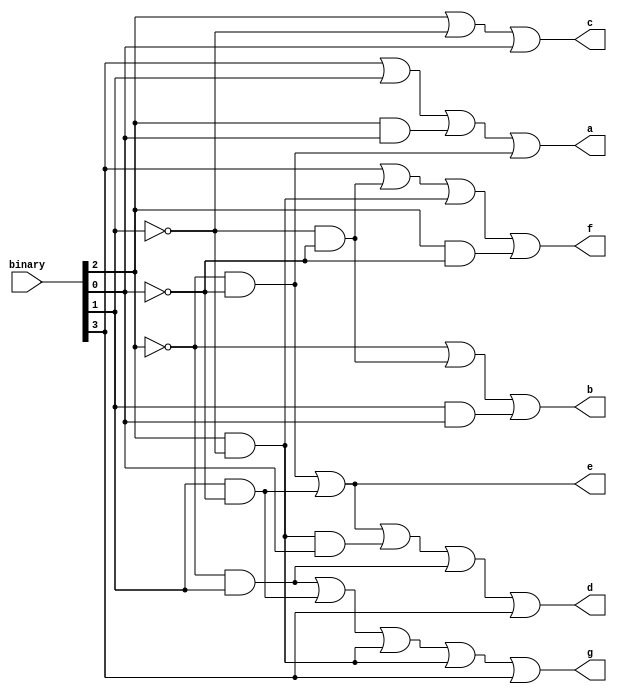

module seven_segment(
	input [3:0] binary, // Maximum value = 9
	output a,
	output b,
	output c,
	output d,
	output e,
	output f,
	output g
);

wire A;
wire B;
wire C;
wire D;
wire A_BAR;
wire B_BAR;
wire C_BAR;
wire D_BAR;

assign A = binary[3];
assign B = binary[2];
assign C = binary[1];
assign D = binary[0];
assign A_BAR = ~A;
assign B_BAR = ~B;
assign C_BAR = ~C;
assign D_BAR = ~D;

assign a = A | C | (B & D) | (B_BAR & D_BAR);
assign b = B_BAR | (C_BAR & D_BAR) | (C & D);
assign c = B | C_BAR | D;
assign d = (B_BAR & D_BAR) | (C & D_BAR) | (B & C_BAR & D) | (B_BAR & C) | A;
assign e = (B_BAR & D_BAR) | (C & D_BAR);
assign f = A | (C_BAR & D_BAR) | (B & C_BAR) | (B & D_BAR);
assign g = (B_BAR & C) | (C & D_BAR) | (B & C_BAR) | (B & C_BAR) | A;

endmodule